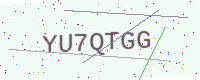
Text: YU7QTGG